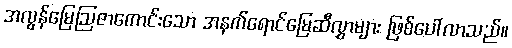
အလွန်မြေဩဇာကောင်းသော အနက်ရောင်မြေဆီလွှာများ ဖြစ်ပေါ်လာသည်။